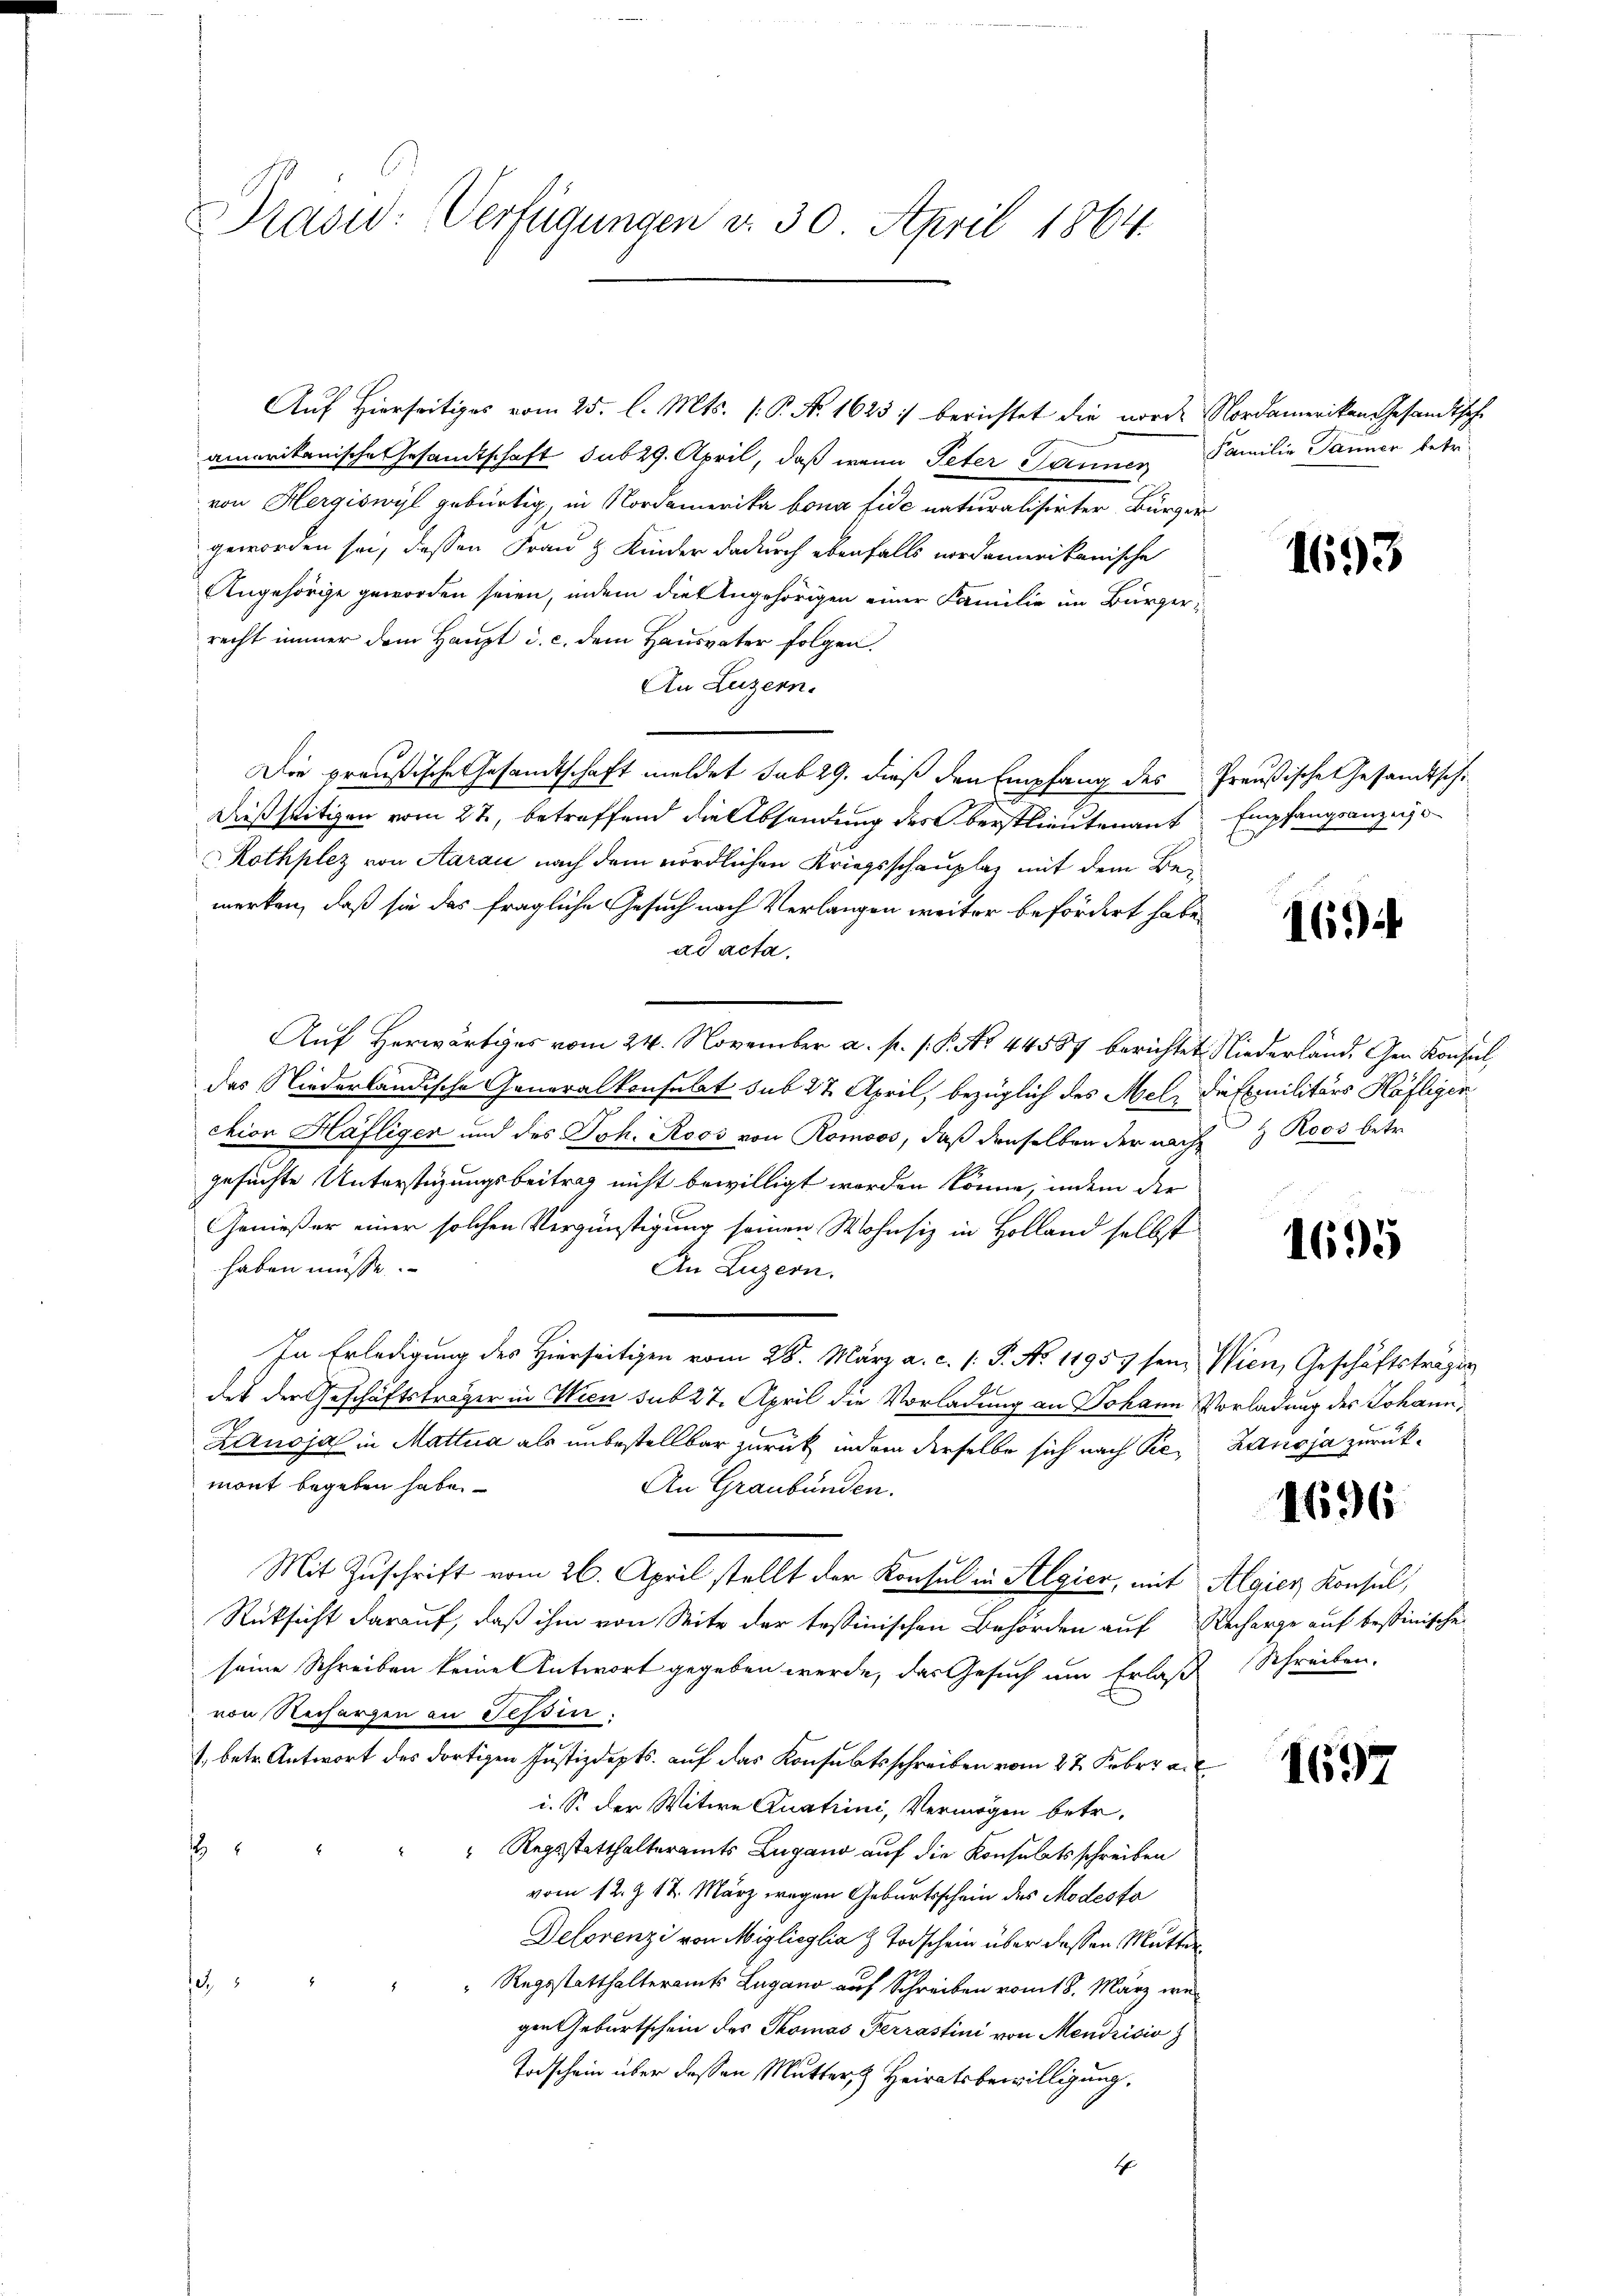
Präsid. Verfügungen d. 30. April 1864.

Auf Hierseitiges vom 25. l. Mts. (: P. Nr. 1623 :/ berichtet die vorde
amerikanische Gesandtschaft sub 29. April, daß wenn Peter Sonnen
von Hergiswyl gebürtig, in Nordamerika bona fide naturalisirter Bürgergeworden sei, dessen Frau & Kinder dadurch ebenfalls nordamerikanische
Angehörige geworden seien, indem die Angehörigen einer Familie im Bürgerrecht immer dem Haupt d. c. dem Hausvater folgen.
An Luzern.
Die preußische Gesandtschaft meldet sub 29. dieß den Empfang des
dießseitigen vom 27, betreffend die Absendung des Oberstlieutenant
Rothplez von Aarau nach dem nördlichen Kriegsschauplaz mit dem Bemerken, daß sie das fragliche Gesuch nach Verlangen weiter befördert habe,
ad acta.
Aŭf herwärtiges vom 24. November a. p. s. P. Nr. 44587 berichtet Niederland. Gen Konsol
das Niederländische Generalkonsulat sub 27. April, bezüglich des Melction Häfligen und des Joh. Roos von Romoos, daß denselben der nach
gesuchte Unterstüzungsbeitrag nicht bewilligt worden könne, indem der
Genießer einer solchen Vergünstigung seinen Wohnsiz in Holland selbst
haben müsse.
An Luzern.
In Erledigung des Hierseitigen vom 28. März a. c. /: P. No 11957 sein
des der Geschäftsträger in Wien sub 27. April die Vorladung an Johann Vorladung des Johann,
Lanoja in Mattia als unbestellbar zurück, indem derselbe sich nach Pemont begeben habe.
An Graubünden.
Mit Zuschrift vom 26. April stellt der Konsul in Algien, mit
Rücksicht darauf, daß ihm von Seite der tessinischen Behörden auf Recharge auf bestinische
seine Schreiben keine Antwort gegeben werde, das Gesuch um Erlaß Schreiben.
von Rechargen an Tessin.
1. betr. Antwort des dortigen Justizdepts. auf das Konsultsschreiben vom 27. Feber an
i. S. der Witwe Quatrini, Vermögen betr.
s
Regsstatthalteramts Zugano auf die Konsulatsschreiben
vom 12. J. 17. März wegen Geburtsschein des Modesta
Delorenzi von Miglicylia z Todschein über deßen Mutter¬
125
"Regsstatthalteramts Lugano auf Schreiben vom 18. März wegen Geburtschein des Thomas Terrastini von Mendrisia
Taschein über dessen Mutter Heiratsbewilligung,
4

Nordameriken Gesandtische
Familie Jänner betr.

1693

Preußische Gesandtschi
Empfangsanzei

165)

die Exmilitärs Häfligen
 Roos betr.

1695

Wien, Geschäftsträgen
Zdnoja zurück¬

1696

Algien Konsul,

1697